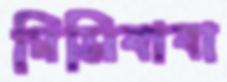
মিসিবাবা